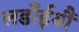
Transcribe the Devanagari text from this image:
लडाँईयौं